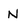
Character: n